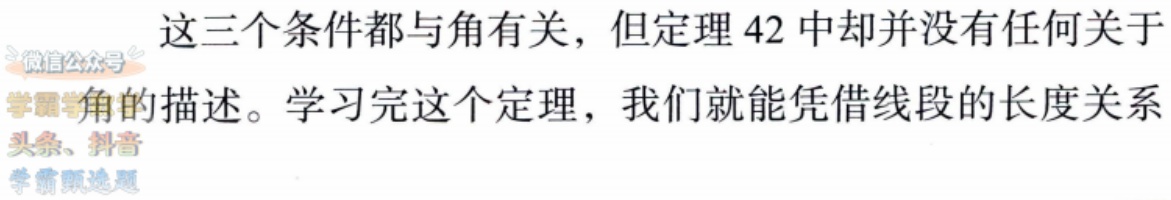
这三个条件都与角有关，但定理 42 中却并没有任何关于角的描述。学习完这个定理，我们就能凭借线段的长度关系